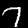
Digit: 7